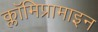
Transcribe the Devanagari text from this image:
क्लॉमिप्रामाइन